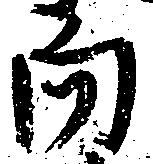
向